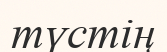
түстің